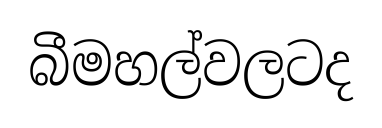
බීමහල්වලටද